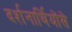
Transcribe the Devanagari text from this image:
दर्शनार्थियोंसे